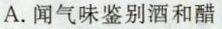
A.闻气味鉴别酒和醋